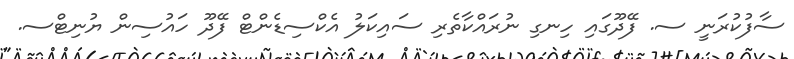
ސާފުކުރަނީ ސ. ފޭދޫގައި ހިނގި ނުރައްކާތެރި ސައިކަލު އެކްސިޑެންޓް ފޭދޫ ހައުސިން ޔުނިޓްސ.